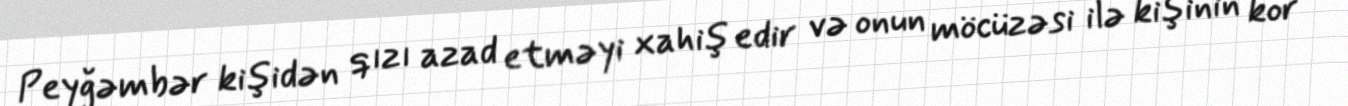
Peyğəmbər kişidən qızı azad etməyi xahiş edir və onun möcüzəsi ilə kişinin kor